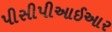
પીસીપીઆઈઆર